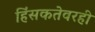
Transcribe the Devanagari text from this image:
हिंसकतेवरही